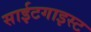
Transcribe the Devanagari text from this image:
साईटगाइस्ट